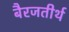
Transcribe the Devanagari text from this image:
बैरजतीर्थ